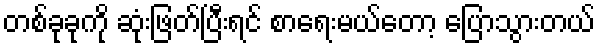
တစ်ခုခုကို ဆုံးဖြတ်ပြီးရင် စာရေးမယ်တော့ ပြောသွားတယ်